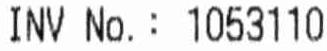
INV NO.: 1053110